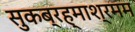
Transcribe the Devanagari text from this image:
सुकब्रह्माश्रमम